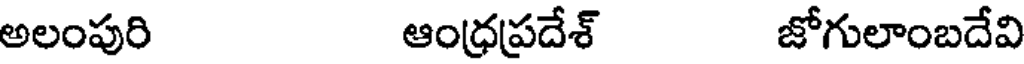
అలంపురి ఆంధ్రప్రదేశ్ జోగులాంబదేవి